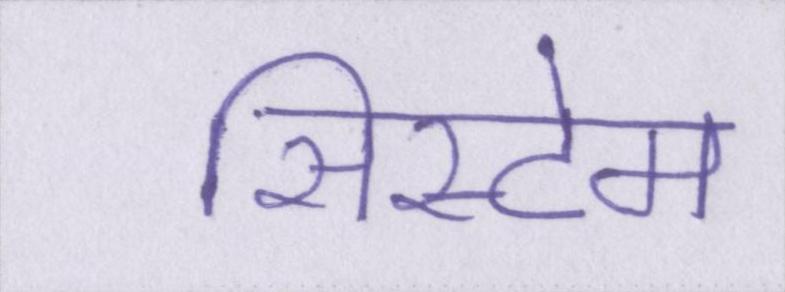
सिस्टेम